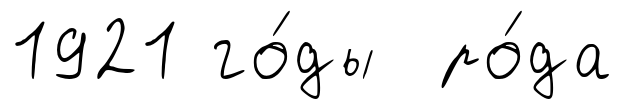
1921 го́ды ро́да